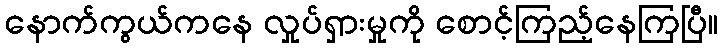
နောက်ကွယ်ကနေ လှုပ်ရှားမှုကို စောင့်ကြည့်နေကြပြီ။